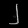
Digit: ၂